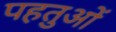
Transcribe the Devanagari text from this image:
पहतुओं